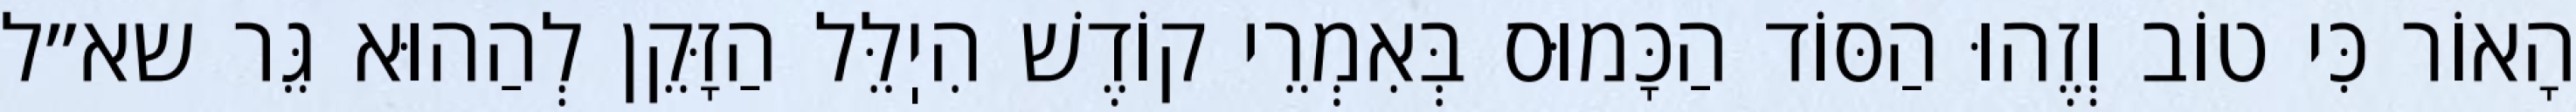
הָאוֹר כִּי טוֹב וְזֶהוּ הַסּוֹד הַכָּמוּס בְּאִמְרֵי קוֹדֶשׁ הִיֽלֵּל הַזָּקֵן לְהַהוּא גֵּר שא״ל